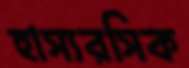
হাস্যরসিক